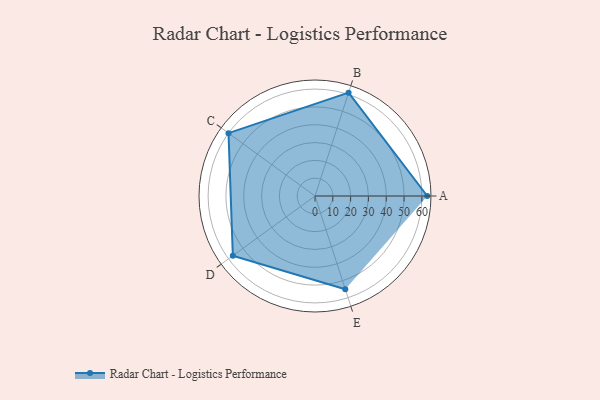
{"axis": {"x": "Skill", "y": "Score"}, "legend": ["Profile"], "data": [{"x": "A", "y": 63.0, "type": "Profile"}, {"x": "B", "y": 61.0, "type": "Profile"}, {"x": "C", "y": 60.0, "type": "Profile"}, {"x": "D", "y": 57.0, "type": "Profile"}, {"x": "E", "y": 55.0, "type": "Profile"}]}